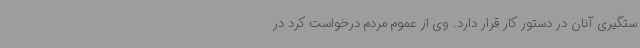
ستگیری آنان در دستور کار قرار دارد. وی از عموم مردم درخواست کرد در